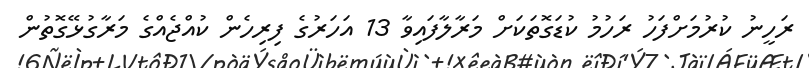
ރަހީނު ކުރުމަށްފަހު ރަހުމު ކުޑަގޮތަކަށް މަރާލާފައިވާ 13 އަހަރުގެ ފިރިހެން ކުއްޖެއްގެ މަރާގުޅޭގޮތުން